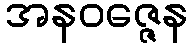
အနဝဇ္ဇေန